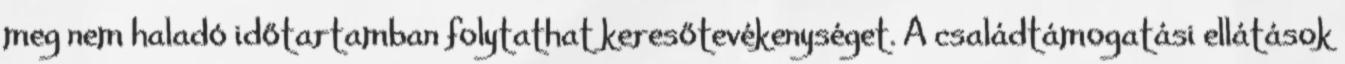
meg nem haladó időtartamban folytathat keresőtevékenységet. A családtámogatási ellátások